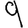
Digit: 9